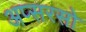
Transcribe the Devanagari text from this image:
अप्सरसो